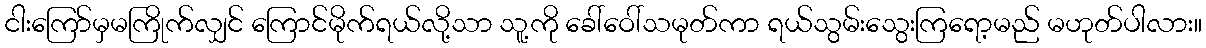
ငါးကြော်မှမကြိုက်လျှင် ကြောင်မိုက်ရယ်လို့သာ သူ့ကို ခေါ်ဝေါ်သမုတ်ကာ ရယ်သွမ်းသွေးကြရော့မည် မဟုတ်ပါလား။